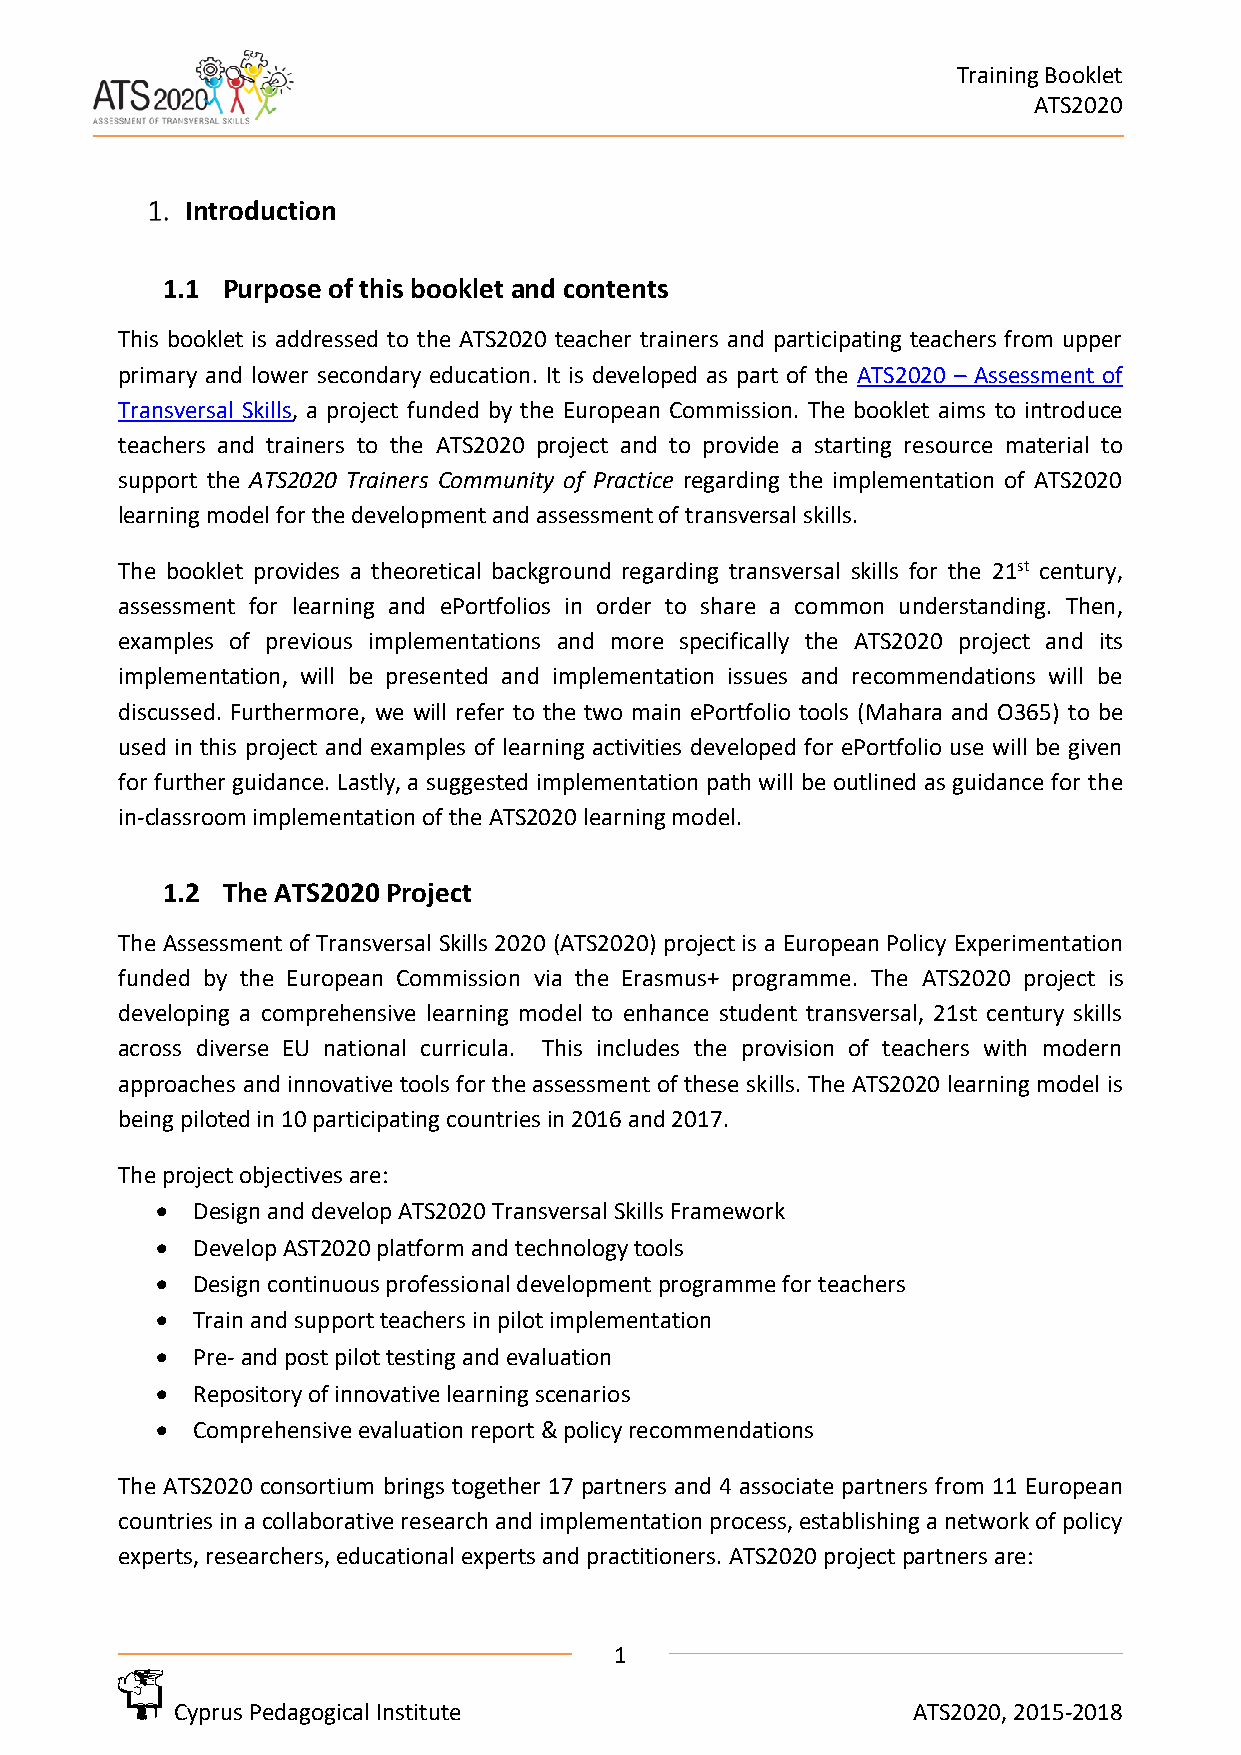
Training Booklet
 ATS2020
 Introduction
 1.1 Purpose of this booklet and contents
 This booklet is addressed to the ATS2020 teacher trainers and participating teachers from upper
 primary and lower secondary education. It is developed as part of the ATS2020 – Assessment of
 Transversal Skills, a project funded by the European Commission. The booklet aims to introduce
 teachers and trainers to the ATS2020 project and to provide a starting resource material to
 support the ATS2020 Trainers Community of Practice regarding the implementation of ATS2020
 learning model for the development and assessment of transversal skills.
 The booklet provides a theoretical background regarding transversal skills for the 21st century,
 assessment for learning and ePortfolios in order to share a common understanding. Then,
 examples of previous implementations and more specifically the ATS2020 project and its
 implementation, will be presented and implementation issues and recommendations will be
 discussed. Furthermore, we will refer to the two main ePortfolio tools (Mahara and O365) to be
 used in this project and examples of learning activities developed for ePortfolio use will be given
 for further guidance. Lastly, a suggested implementation path will be outlined as guidance for the
 in-classroom implementation of the ATS2020 learning model.
 1.2 The ATS2020 Project
 The Assessment of Transversal Skills 2020 (ATS2020) project is a European Policy Experimentation
 funded by the European Commission via the Erasmus+ programme. The ATS2020 project is
 developing a comprehensive learning model to enhance student transversal, 21st century skills
 across diverse EU national curricula. This includes the provision of teachers with modern
 approaches and innovative tools for the assessment of these skills. The ATS2020 learning model is
 being piloted in 10 participating countries in 2016 and 2017.
 The project objectives are:
 •  Design and develop ATS2020 Transversal Skills Framework
 •  Develop AST2020 platform and technology tools
 •  Design continuous professional development programme for teachers
 •  Train and support teachers in pilot implementation
 •  Pre- and post pilot testing and evaluation
 •  Repository of innovative learning scenarios
 •  Comprehensive evaluation report & policy recommendations
 The ATS2020 consortium brings together 17 partners and 4 associate partners from 11 European
 countries in a collaborative research and implementation process, establishing a network of policy
 experts, researchers, educational experts and practitioners. ATS2020 project partners are:
 1
 Cyprus Pedagogical Institute                    ATS2020, 2015-2018